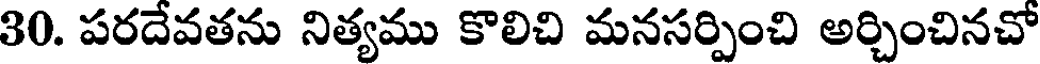
30. పరదేవతను నిత్యము కొలిచి మనసర్పించి అర్చించినచో